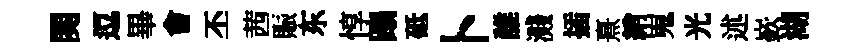
関逗畢㑹丕茜賑东惇蹋砥卜誰濺插熹綃嵬光述嶔湖